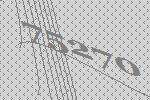
75270